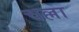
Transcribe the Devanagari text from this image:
चल्ला